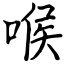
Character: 喉